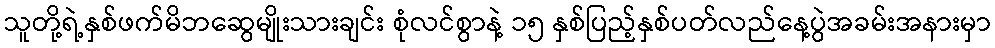
သူတို့ရဲ့နှစ်ဖက်မိဘဆွေမျိုးသားချင်း စုံလင်စွာနဲ့ ၁၅ နှစ်ပြည့်နှစ်ပတ်လည်နေ့ပွဲအခမ်းအနားမှာ